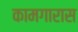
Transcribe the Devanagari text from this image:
कामगारास